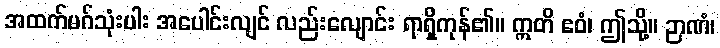
အထက်မဂ်သုံးပါး အပေါင်းလျင် လည်းလျောင်း ရာရှိကုန်၏။ ဣတိ ဧဝံ၊ ဤသို့။ ဉာဏံ၊